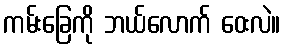
ကမ်းခြေကို ဘယ်လောက် ဝေးလဲ။